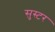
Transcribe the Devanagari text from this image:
सुस्टर